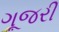
ગૂજરી